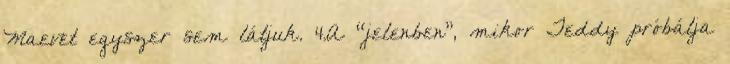
Maevet egyszer sem látjuk. 4.A “jelenben”, mikor Teddy próbálja